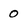
Character: 0